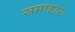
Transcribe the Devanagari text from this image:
समाहारः